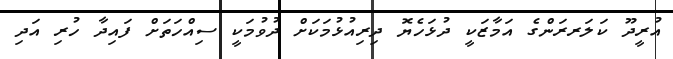
އުރީދޫ ކަލަރރަންގެ އަމާޒަކީ ދުޅަހެޔޮ ދިރިއުޅުމަކަށް ދުވުމަކީ ސިއްހަތަށް ފައިދާ ހުރި އަދި